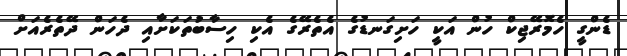
ޑެންގީ ހެމޮރޭޖިކް ހުން އަކީ ހަށިގަނޑުގެ އެތެރޭގެ އެކި ހިސާބުތަކަށާއި ދެހަން ދޭތެރެއަށް